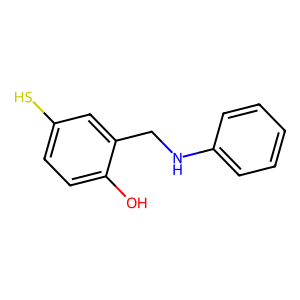
SMILES: Oc1ccc(S)cc1CNc1ccccc1
Inhibits HIV replication: No